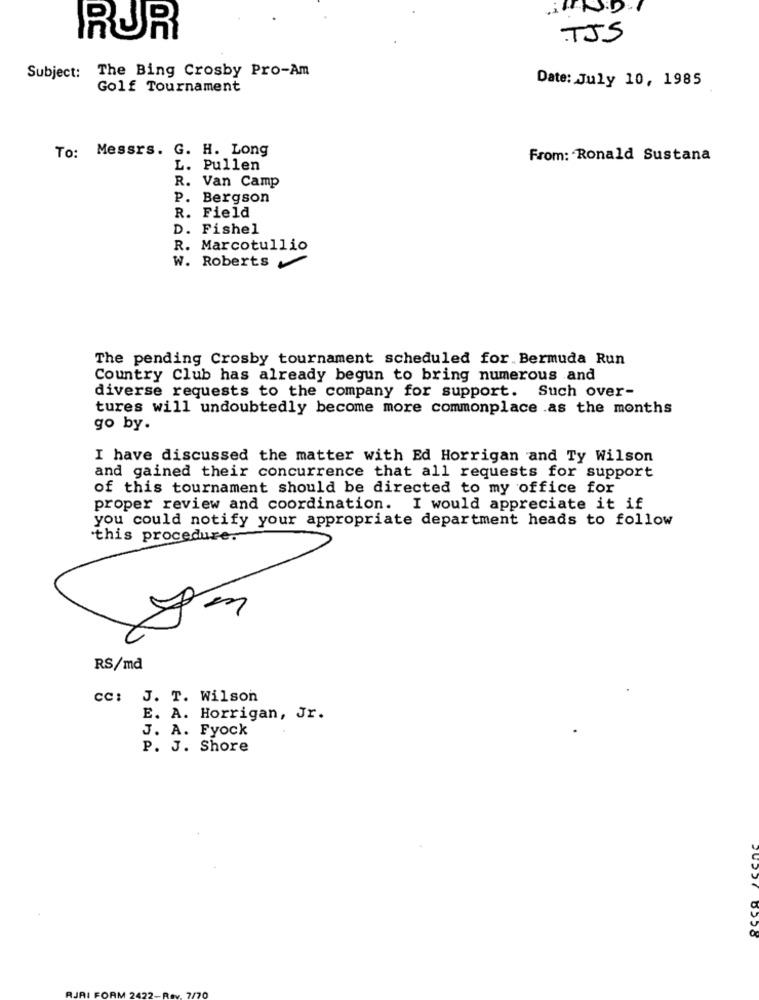
RUR
TJS
Subject: The Bing Crosby Pro-Am
Date: July 10, 1985
Golf Tournament
To: Messrs. G. H. Long
From: Ronald Sustana
. Pullen
R. Van Camp
P. Bergson
R. Field
D. Fishel
R. Marcotullio
W. Roberts
The pending Crosby tournament scheduled for. Bermuda Run
Country Club has already begun to bring numerous and
diverse requests to the company for support. Such over-
tures will undoubtedly become more commonplace .as the months
go by.
I have discussed the matter with Ed Horrigan and Ty Wilson
and gained their concurrence that all requests for support
of this tournament should be directed to my office for
proper review and coordination. I would appreciate it if
you could notify your appropriate department heads to follow
this procedure.
RS/md
CC: J. T. Wilson
E. A. Horrigan, Jr.
J. A. Fyock
P. J. Shore